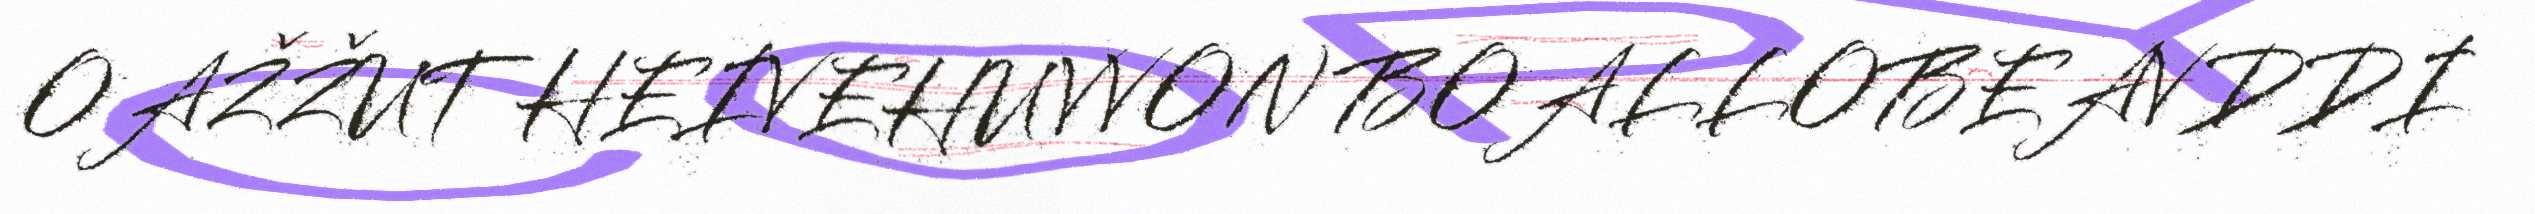
OAŽŽUT HEIVEHUVVON BOALLOBEAVDDI